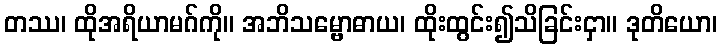
တဿ၊ ထိုအရိယာမဂ်ကို။ အဘိသမ္ဗောဓာယ၊ ထိုးထွင်း၍သိခြင်းငှာ။ ဒုတိယော၊